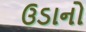
ઉડાનો